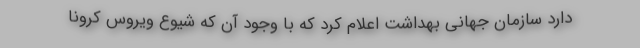
دارد سازمان جهانی بهداشت اعلام کرد که با وجود آن که شیوع ویروس کرونا